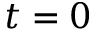
t = 0